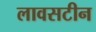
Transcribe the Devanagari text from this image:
लावसटीन